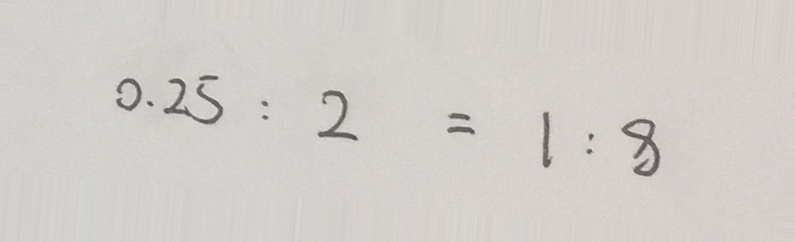
0 . 2 5 : 2 = 1 : 8